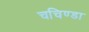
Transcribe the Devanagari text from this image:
चचिण्डा